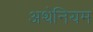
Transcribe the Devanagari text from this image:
अथेनियम